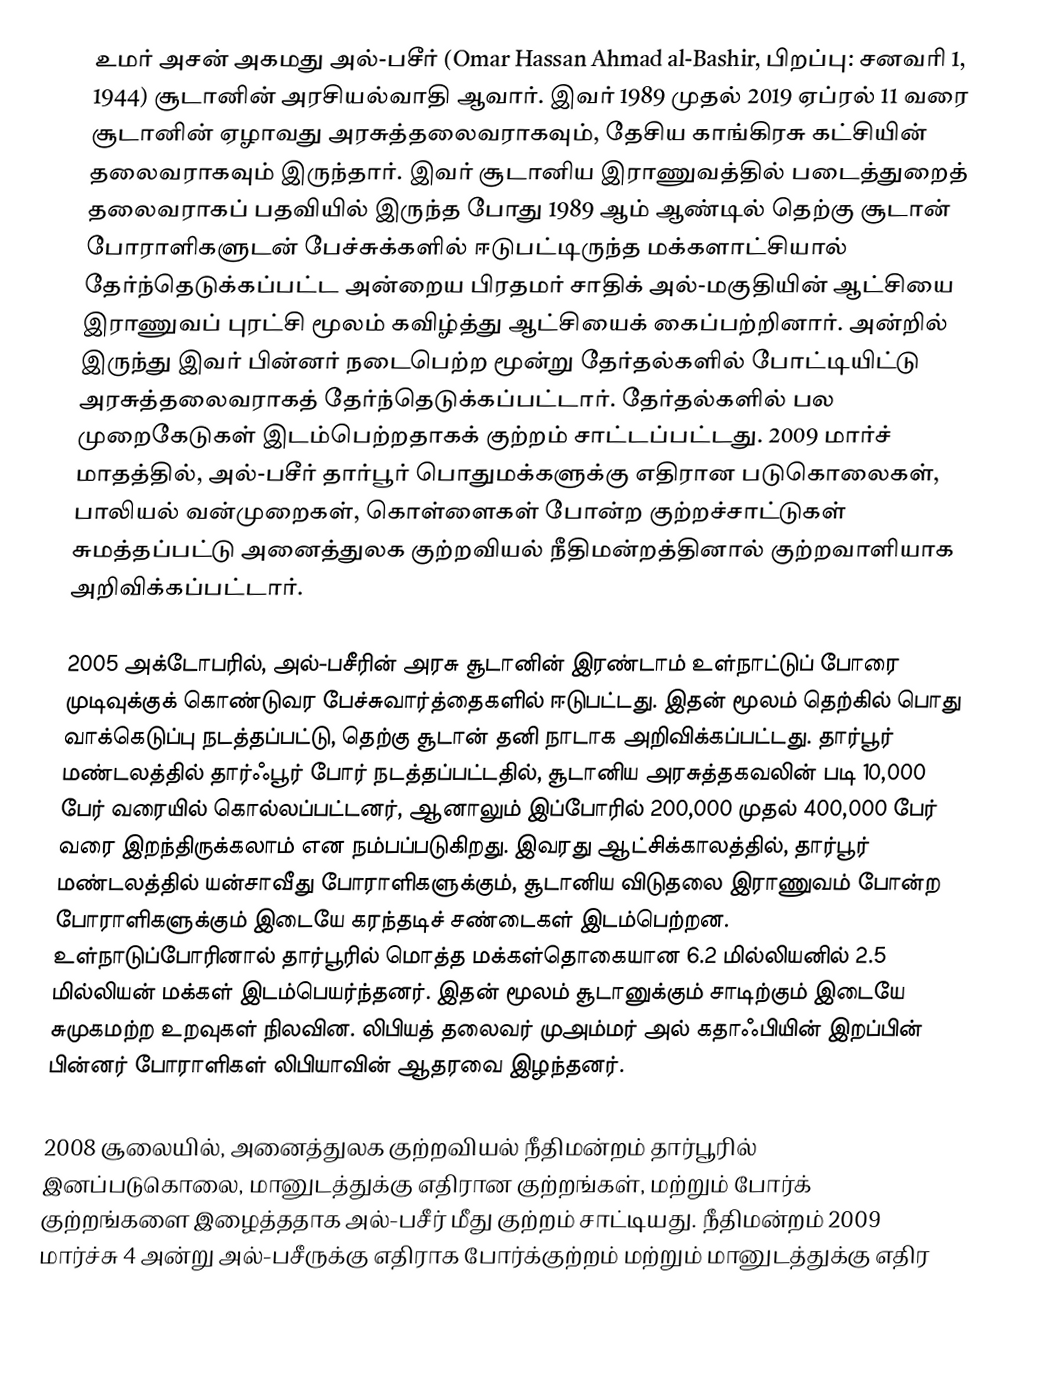
உமர் அசன் அகமது அல்-பசீர் (Omar Hassan Ahmad al-Bashir,  பிறப்பு: சனவரி 1, 1944) சூடானின் அரசியல்வாதி ஆவார். இவர் 1989 முதல் 2019 ஏப்ரல் 11 வரை சூடானின் ஏழாவது அரசுத்தலைவராகவும், தேசிய காங்கிரசு கட்சியின் தலைவராகவும் இருந்தார். இவர் சூடானிய இராணுவத்தில் படைத்துறைத் தலைவராகப் பதவியில் இருந்த போது 1989 ஆம் ஆண்டில் தெற்கு சூடான் போராளிகளுடன் பேச்சுக்களில் ஈடுபட்டிருந்த மக்களாட்சியால் தேர்ந்தெடுக்கப்பட்ட அன்றைய பிரதமர் சாதிக் அல்-மகுதியின் ஆட்சியை இராணுவப் புரட்சி மூலம் கவிழ்த்து ஆட்சியைக் கைப்பற்றினார். அன்றில் இருந்து இவர் பின்னர் நடைபெற்ற மூன்று தேர்தல்களில் போட்டியிட்டு அரசுத்தலைவராகத் தேர்ந்தெடுக்கப்பட்டார். தேர்தல்களில் பல முறைகேடுகள் இடம்பெற்றதாகக் குற்றம் சாட்டப்பட்டது. 2009 மார்ச் மாதத்தில், அல்-பசீர் தார்பூர் பொதுமக்களுக்கு எதிரான படுகொலைகள், பாலியல் வன்முறைகள், கொள்ளைகள் போன்ற குற்றச்சாட்டுகள் சுமத்தப்பட்டு அனைத்துலக குற்றவியல் நீதிமன்றத்தினால் குற்றவாளியாக அறிவிக்கப்பட்டார்.

2005 அக்டோபரில், அல்-பசீரின் அரசு சூடானின் இரண்டாம் உள்நாட்டுப் போரை முடிவுக்குக் கொண்டுவர பேச்சுவார்த்தைகளில் ஈடுபட்டது. இதன் மூலம் தெற்கில் பொது வாக்கெடுப்பு நடத்தப்பட்டு, தெற்கு சூடான் தனி நாடாக அறிவிக்கப்பட்டது. தார்பூர் மண்டலத்தில் தார்ஃபூர் போர் நடத்தப்பட்டதில், சூடானிய அரசுத்தகவலின் படி 10,000 பேர் வரையில் கொல்லப்பட்டனர், ஆனாலும் இப்போரில் 200,000 முதல் 400,000 பேர் வரை இறந்திருக்கலாம் என நம்பப்படுகிறது. இவரது ஆட்சிக்காலத்தில், தார்பூர் மண்டலத்தில் யன்சாவீது போராளிகளுக்கும், சூடானிய விடுதலை இராணுவம் போன்ற போராளிகளுக்கும் இடையே கரந்தடிச் சண்டைகள் இடம்பெற்றன. உள்நாடுப்போரினால் தார்பூரில் மொத்த மக்கள்தொகையான 6.2 மில்லியனில் 2.5 மில்லியன் மக்கள் இடம்பெயர்ந்தனர். இதன் மூலம் சூடானுக்கும் சாடிற்கும் இடையே சுமுகமற்ற உறவுகள் நிலவின. லிபியத் தலைவர் முஅம்மர் அல் கதாஃபியின் இறப்பின் பின்னர் போராளிகள் லிபியாவின் ஆதரவை இழந்தனர்.

2008 சூலையில், அனைத்துலக குற்றவியல் நீதிமன்றம் தார்பூரில் இனப்படுகொலை, மானுடத்துக்கு எதிரான குற்றங்கள், மற்றும் போர்க் குற்றங்களை இழைத்ததாக அல்-பசீர் மீது குற்றம் சாட்டியது. நீதிமன்றம் 2009 மார்ச்சு 4 அன்று அல்-பசீருக்கு எதிராக போர்க்குற்றம் மற்றும் மானுடத்துக்கு எதிர